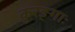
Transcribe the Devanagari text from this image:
कुरङ्गाः